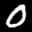
Label: 0